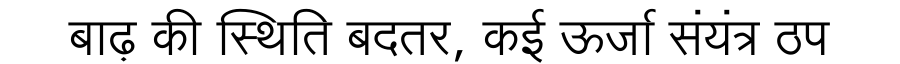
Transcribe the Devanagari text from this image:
बाढ़ की स्थिति बदतर, कई ऊर्जा संयंत्र ठप